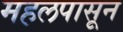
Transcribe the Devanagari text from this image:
महलपासून